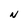
Character: N